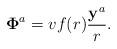
LaTeX: \begin{align*}{\bf \Phi}^a=vf(r)\frac{{\bf y}^a}{r}.\end{align*}